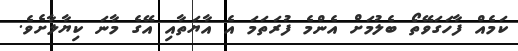
ކަމެއް ފާހަގަވޭތޯ ބެލުމަށް އެންމެ ފުރަތަމަ އެ އާޔަތާއި އޭގެ މާނަ ކިޔާލާށެވެ.